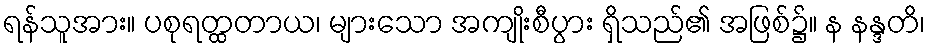
ရန်သူအား။ ပစုရတ္ထတာယ၊ များသော အကျိုးစီပွား ရှိသည်၏ အဖြစ်၌။ န နန္ဒတိ၊